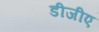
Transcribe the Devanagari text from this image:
डीजीए